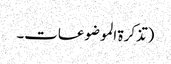
(تذکرۃ الموضوعات۔